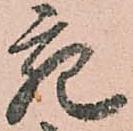
宛